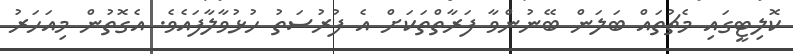
ކޮލިޓީގައި މެޗުތައް ބަލަން ބޭނުންވާ ފަރާތްތަކަށް އެ ފުރުސަތު ހުޅުވާލާފައެވެ. އެގޮތުން މިއަހަރު